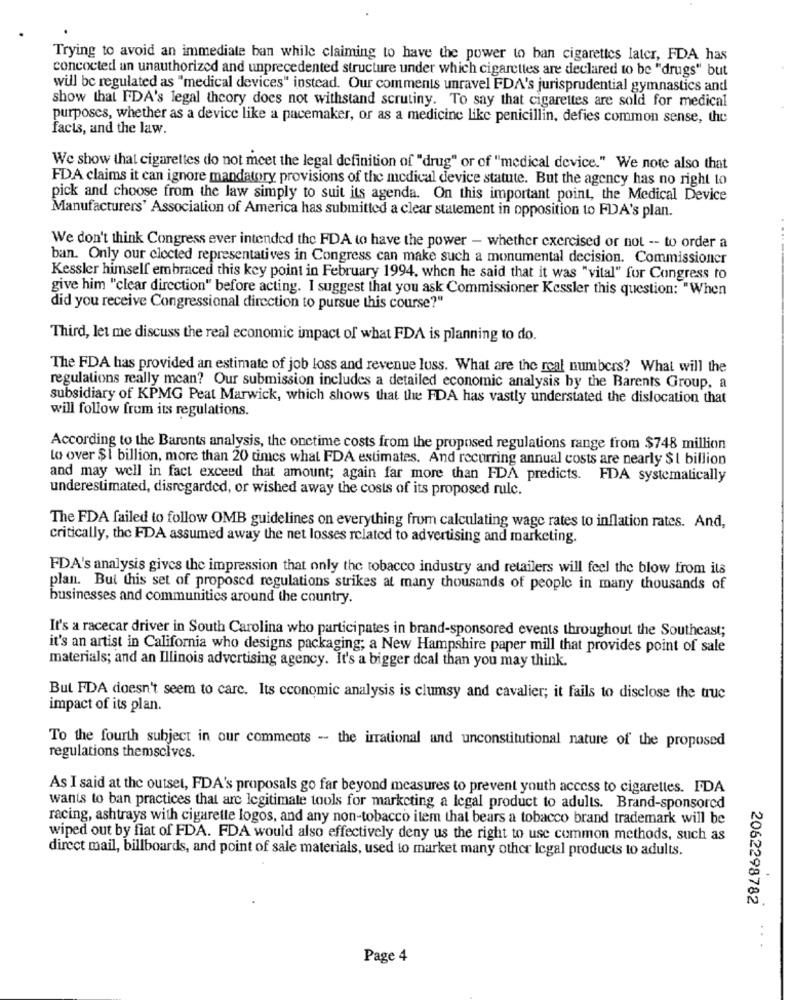
Trying to avoid an immediate ban while claiming to have the power to ban cigarettes later, FDA has
concocted an unauthorized and unprecedented structure under which cigarettes are declared to be "drugs" but
will be regulated as "medical devices" instead. Our comments unravel FDA's jurisprudential gymnastics and
show that FDA's legal theory does not withstand scrutiny. To say that cigarettes are sold for medical
purposes, whether as a device like a pacemaker, or as a medicine like penicillin, defies common sense, the
facts, and the law.
We show that cigarettes do not meet the legal definition of "drug" or of "medical device." We note also that
FDA claims it can ignore mandatory provisions of the medical device statute. But the agency has no right to
pick and choose from the law simply to suit its agenda. On this important point, the Medical Device
Manufacturers' Association of America has submitted a clear statement in opposition to FDA's plan.
We don't think Congress ever intended the FDA to have the power - whether exercised or not -- to order a
ban. Only our elected representatives in Congress can make such a monumental decision. Commissioner
Kessler himself embraced this key point in February 1994, when he said that it was "vital" for Congress to
give him "clear direction" before acting. I suggest that you ask Commissioner Kessler this question: "When
did you receive Congressional direction to pursue this course?"
Third, let me discuss the real economic impact of what FDA is planning to do.
The FDA has provided an estimate of job loss and revenue luss. What are the real numbers? What will the
regulations really mean? Our submission includes a detailed economic analysis by the Barents Group, a
subsidiary of KPMG Peat Marwick, which shows that the FDA has vastly understated the dislocation that
will follow from its regulations.
According to the Barents analysis, the onetime costs from the proposed regulations range from $748 million
to over $1 billion, more than 20 times what FDA estimates. And recurring annual costs are nearly $1 billion
and may well in fact exceed that amount; again far more than FDA predicts. FDA systematically
underestimated, disregarded, or wished away the costs of its proposed rulc.
The FDA failed to follow OMB guidelines on everything from calculating wage rates to inflation rates. And,
critically, the FDA assumed away the net losses related to advertising and marketing.
FDA's analysis gives the impression that only the tobacco industry and retailers will feel the blow from its
plan. But this set of proposed regulations strikes at many thousands of people in many thousands of
businesses and communities around the country.
It's a racecar driver in South Carolina who participates in brand-sponsored events throughout the Southeast;
it's an artist in California who designs packaging; a New Hampshire paper mill that provides point of sale
materials; and an Illinois advertising agency. It's a bigger deal than you may think.
But FDA doesn't seem to carc. Its cconomic analysis is clumsy and cavalier; it fails to disclose the truc
impact of its plan.
To the fourth subject in our comments - the irrational and unconstitutional nature of the proposed
regulations themselves.
As I said at the outset, FDA's proposals go far beyond measures to prevent youth access to cigarettes. FDA
wants to ban practices that are legitimate tools for marketing a legal product to adults. Brand-sponsored
racing, ashtrays with cigarette logos, and any non-tobacco item that bears a tobacco brand trademark will be
wiped out by fiat of FDA. FDA would also effectively deny us the right to use common methods, such as
direct mail, billboards, and point of sale materials, used to market many other legal products to adults.
2062298782
... .
Page 4